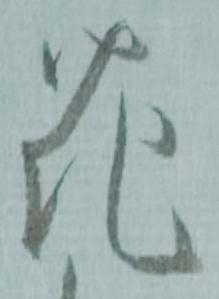
花